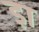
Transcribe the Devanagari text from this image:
ड़ा